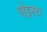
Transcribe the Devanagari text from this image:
पोइनटर